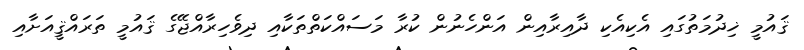
ޤައުމީ ޚިދުމަތުގައި އެކިއެކި ދާއިރާއިން އަންހެނުން ކުރާ މަސައްކަތްތަކާއި ދިވެހިރާއްޖޭގެ ޤައުމީ ތަރައްޤީއަށާއި